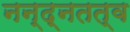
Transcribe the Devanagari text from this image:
नन्द्नतत्व